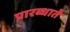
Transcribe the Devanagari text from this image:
प्रारब्धाते